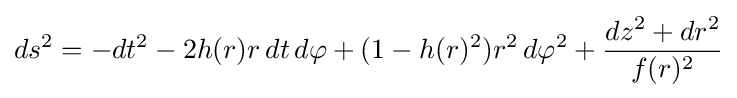
ds^{2}=-dt^{2}-2h(r)r\,dt\,d\varphi +(1-h(r)^{2})r^{2}\,d\varphi ^{2}+{\frac {dz^{2}+dr^{2}}{f(r)^{2}}}